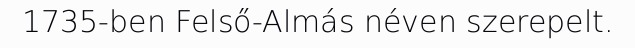
1735-ben Felső-Almás néven szerepelt.